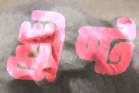
খ্রীষ্ট